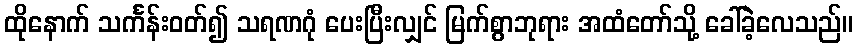
ထိုနောက် သင်္ကန်းဝတ်၍ သရဏဂုံ ပေးပြီးလျှင် မြက်စွာဘုရား အထံတော်သို့ ခေါ်ခဲ့လေသည်။